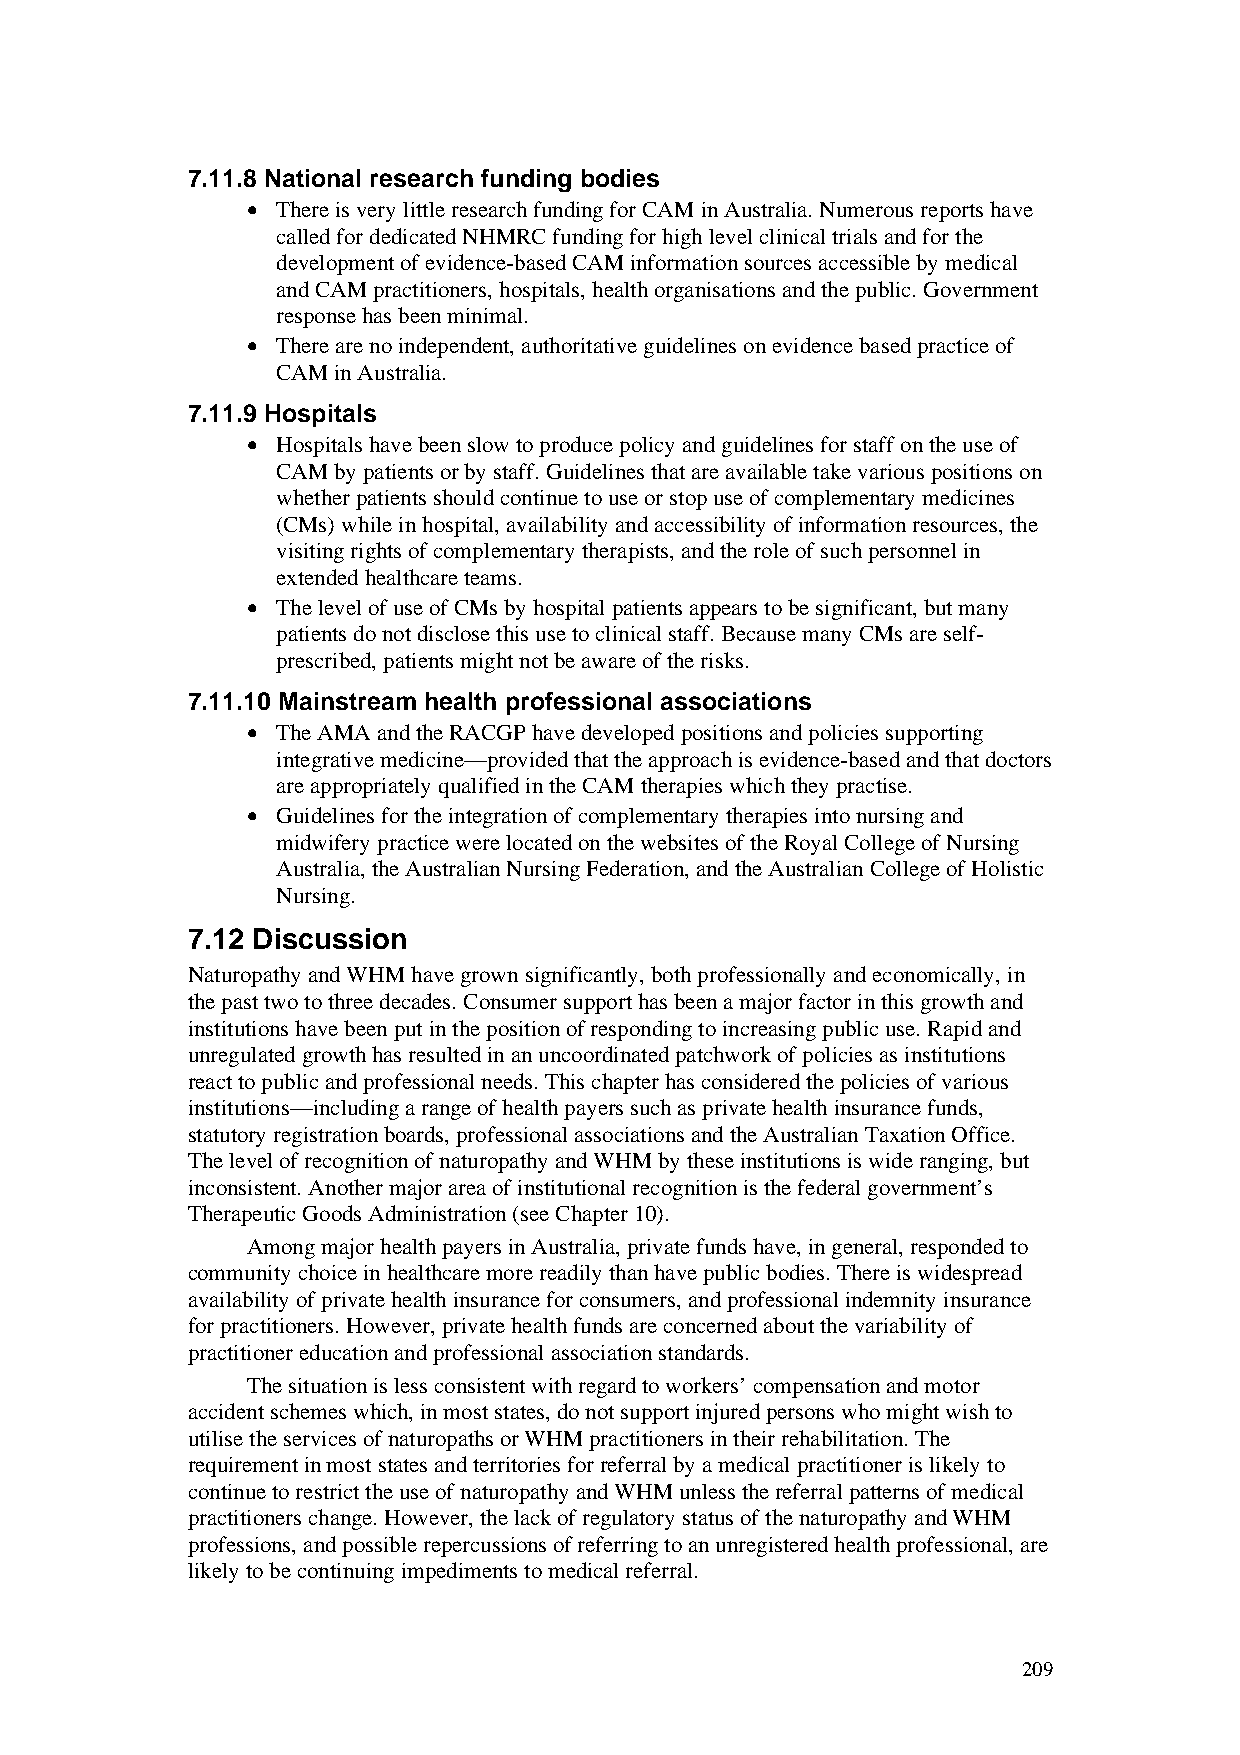
7.11.8 National research funding bodies
 • There is very little research funding for CAM in Australia. Numerous reports have
 called for dedicated NHMRC funding for high level clinical trials and for the
 development of evidence-based CAM information sources accessible by medical
 and CAM practitioners, hospitals, health organisations and the public. Government
 response has been minimal.
 • There are no independent, authoritative guidelines on evidence based practice of
 CAM in Australia.
 7.11.9 Hospitals
 • Hospitals have been slow to produce policy and guidelines for staff on the use of
 CAM by patients or by staff. Guidelines that are available take various positions on
 whether patients should continue to use or stop use of complementary medicines
 (CMs) while in hospital, availability and accessibility of information resources, the
 visiting rights of complementary therapists, and the role of such personnel in
 extended healthcare teams.
 • The level of use of CMs by hospital patients appears to be significant, but many
 patients do not disclose this use to clinical staff. Because many CMs are self-
 prescribed, patients might not be aware of the risks.
 7.11.10 Mainstream health professional associations
 • The AMA and the RACGP have developed positions and policies supporting
 integrative medicine—provided that the approach is evidence-based and that doctors
 are appropriately qualified in the CAM therapies which they practise.
 • Guidelines for the integration of complementary therapies into nursing and
 midwifery practice were located on the websites of the Royal College of Nursing
 Australia, the Australian Nursing Federation, and the Australian College of Holistic
 Nursing.
 7.12 Discussion
 Naturopathy and WHM have grown significantly, both professionally and economically, in
 the past two to three decades. Consumer support has been a major factor in this growth and
 institutions have been put in the position of responding to increasing public use. Rapid and
 unregulated growth has resulted in an uncoordinated patchwork of policies as institutions
 react to public and professional needs. This chapter has considered the policies of various
 institutions—including a range of health payers such as private health insurance funds,
 statutory registration boards, professional associations and the Australian Taxation Office.
 The level of recognition of naturopathy and WHM by these institutions is wide ranging, but
 inconsistent. Another major area of institutional recognition is the federal government’s
 Therapeutic Goods Administration (see Chapter 10).
 Among major health payers in Australia, private funds have, in general, responded to
 community choice in healthcare more readily than have public bodies. There is widespread
 availability of private health insurance for consumers, and professional indemnity insurance
 for practitioners. However, private health funds are concerned about the variability of
 practitioner education and professional association standards.
 The situation is less consistent with regard to workers’ compensation and motor
 accident schemes which, in most states, do not support injured persons who might wish to
 utilise the services of naturopaths or WHM practitioners in their rehabilitation. The
 requirement in most states and territories for referral by a medical practitioner is likely to
 continue to restrict the use of naturopathy and WHM unless the referral patterns of medical
 practitioners change. However, the lack of regulatory status of the naturopathy and WHM
 professions, and possible repercussions of referring to an unregistered health professional, are
 likely to be continuing impediments to medical referral.
 209